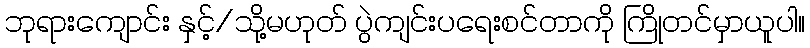
ဘုရားကျောင်း နှင့်/သို့မဟုတ် ပွဲကျင်းပရေးစင်တာကို ကြိုတင်မှာယူပါ။